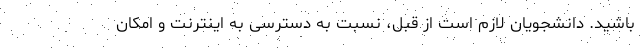
باشید. دانشجویان لازم است از قبل، نسبت به دسترسی به اینترنت و امکان